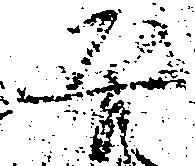
平